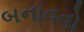
બનાવવો